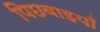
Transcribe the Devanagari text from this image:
पिछवाइयाँ